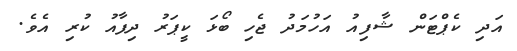
އަދި ކެޕްޓަން ޝާފިއު އަހުމަދު ޖެހި ބޯޅަ ކީޕަރު ދިފާއު ކުރި އެވެ.